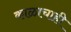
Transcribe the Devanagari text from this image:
काळाचाही